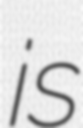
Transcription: is